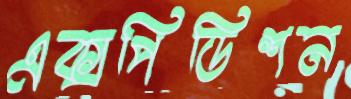
এক্সপিডিশন